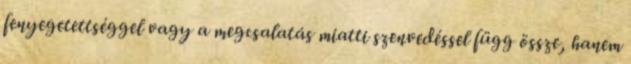
fenyegetettséggel vagy a megcsalatás miatti szenvedéssel függ össze, hanem